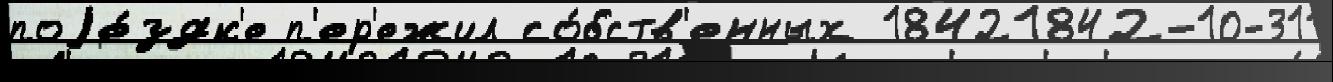
поjе́здк'е п'ер'ежил со́бств'енных 18421842-10-311